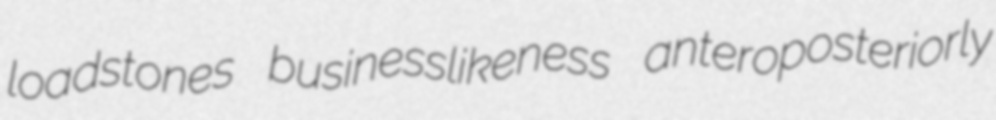
loadstones businesslikeness anteroposteriorly